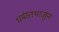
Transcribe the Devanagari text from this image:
धर्मस्तथार्जुनः